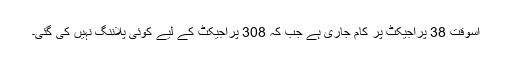
اسوقت 38 پراجیکٹ پر کام جاری ہے جب کہ 308 پراجیکٹ کے لیے کوئی پلاننگ نہیں کی گئی۔